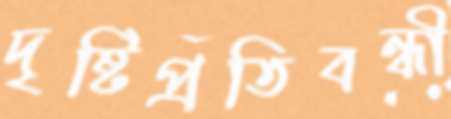
দৃষ্টিপ্রতিবন্ধী